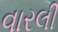
વારલી